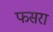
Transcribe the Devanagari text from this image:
फसरा